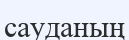
сауданың